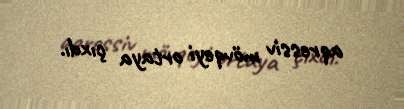
aqressiv mövqeyi ortaya çıxdı.